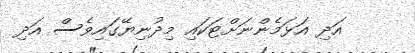
އަދި އަޅަމެންނަށްޓަކައި މިދުނިޔޭގައިވެސް އަދި